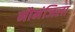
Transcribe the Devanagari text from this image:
नौमंजिला